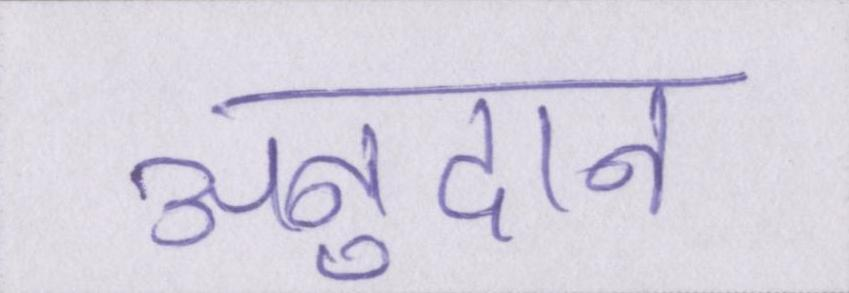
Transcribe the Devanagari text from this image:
अनुदान